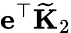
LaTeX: \mathbf{e}^{\top}\widetilde{\mathbf{K}}_{2}